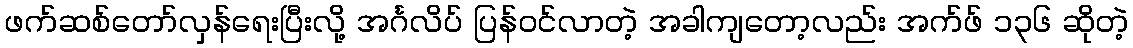
ဖက်ဆစ်တော်လှန်ရေးပြီးလို့ အင်္ဂလိပ် ပြန်ဝင်လာတဲ့ အခါကျတော့လည်း အက်ဖ် ၁၃၆ ဆိုတဲ့